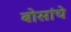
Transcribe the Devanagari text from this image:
बोसांचे